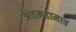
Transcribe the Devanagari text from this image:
अंतमहामात्र